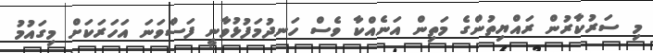
މި ސަރުކާރުން ރައްޔިތުންގެ މަތިން އަނެއްކާ ވެސް ހަނދުމަފުޅުވާނީ ފަސްވަނަ އަހަރަކަށް މިގައުމު